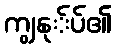
ကျွနု်ပ်၏